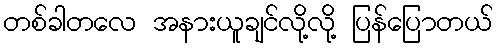
တစ်ခါတလေ အနားယူချင်လို့လို့ ပြန်ပြောတယ်